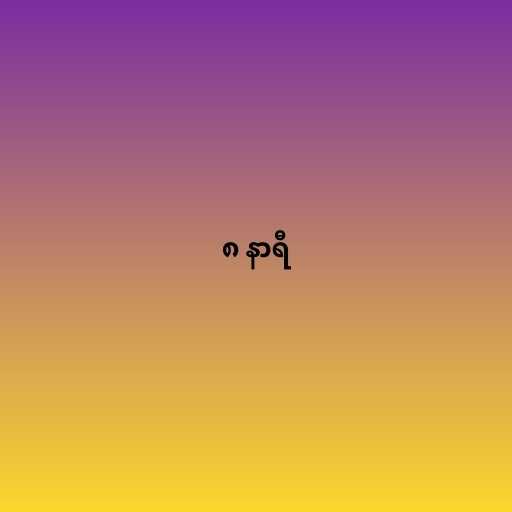
၈ နာရီ